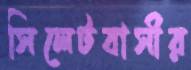
সিলেটবাসীর